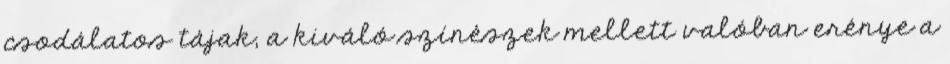
csodálatos tájak, a kiváló színészek mellett valóban erénye a